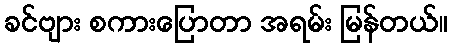
ခင်ဗျား စကားပြောတာ အရမ်း မြန်တယ်။